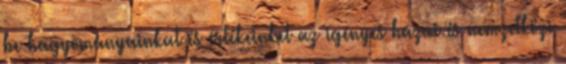
be hagyományainkat és értékeinket az igényes hazai és nemzetközi